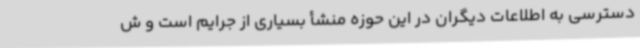
دسترسی به اطلاعات دیگران در این حوزه منشأ بسیاری از جرایم است و ش